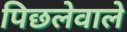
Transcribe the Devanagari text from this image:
पिछलेवाले